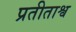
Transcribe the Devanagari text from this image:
प्रतीताश्व